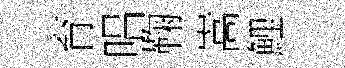
育唱鞠嵩鯉